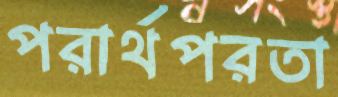
পরার্থপরতা